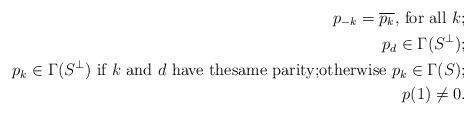
LaTeX: \begin{align*}p_{-k}=\overline{p_{k}}\mbox{, for all } k;\\p_{d}\in\Gamma(S^{\perp});\\ p_{k}\in\Gamma(S^{\perp})\mbox{ if }k\mbox{ and }d\mbox{ have thesame parity;otherwise }p_{k}\in\Gamma(S);\\ p(1)\neq0.\end{align*}